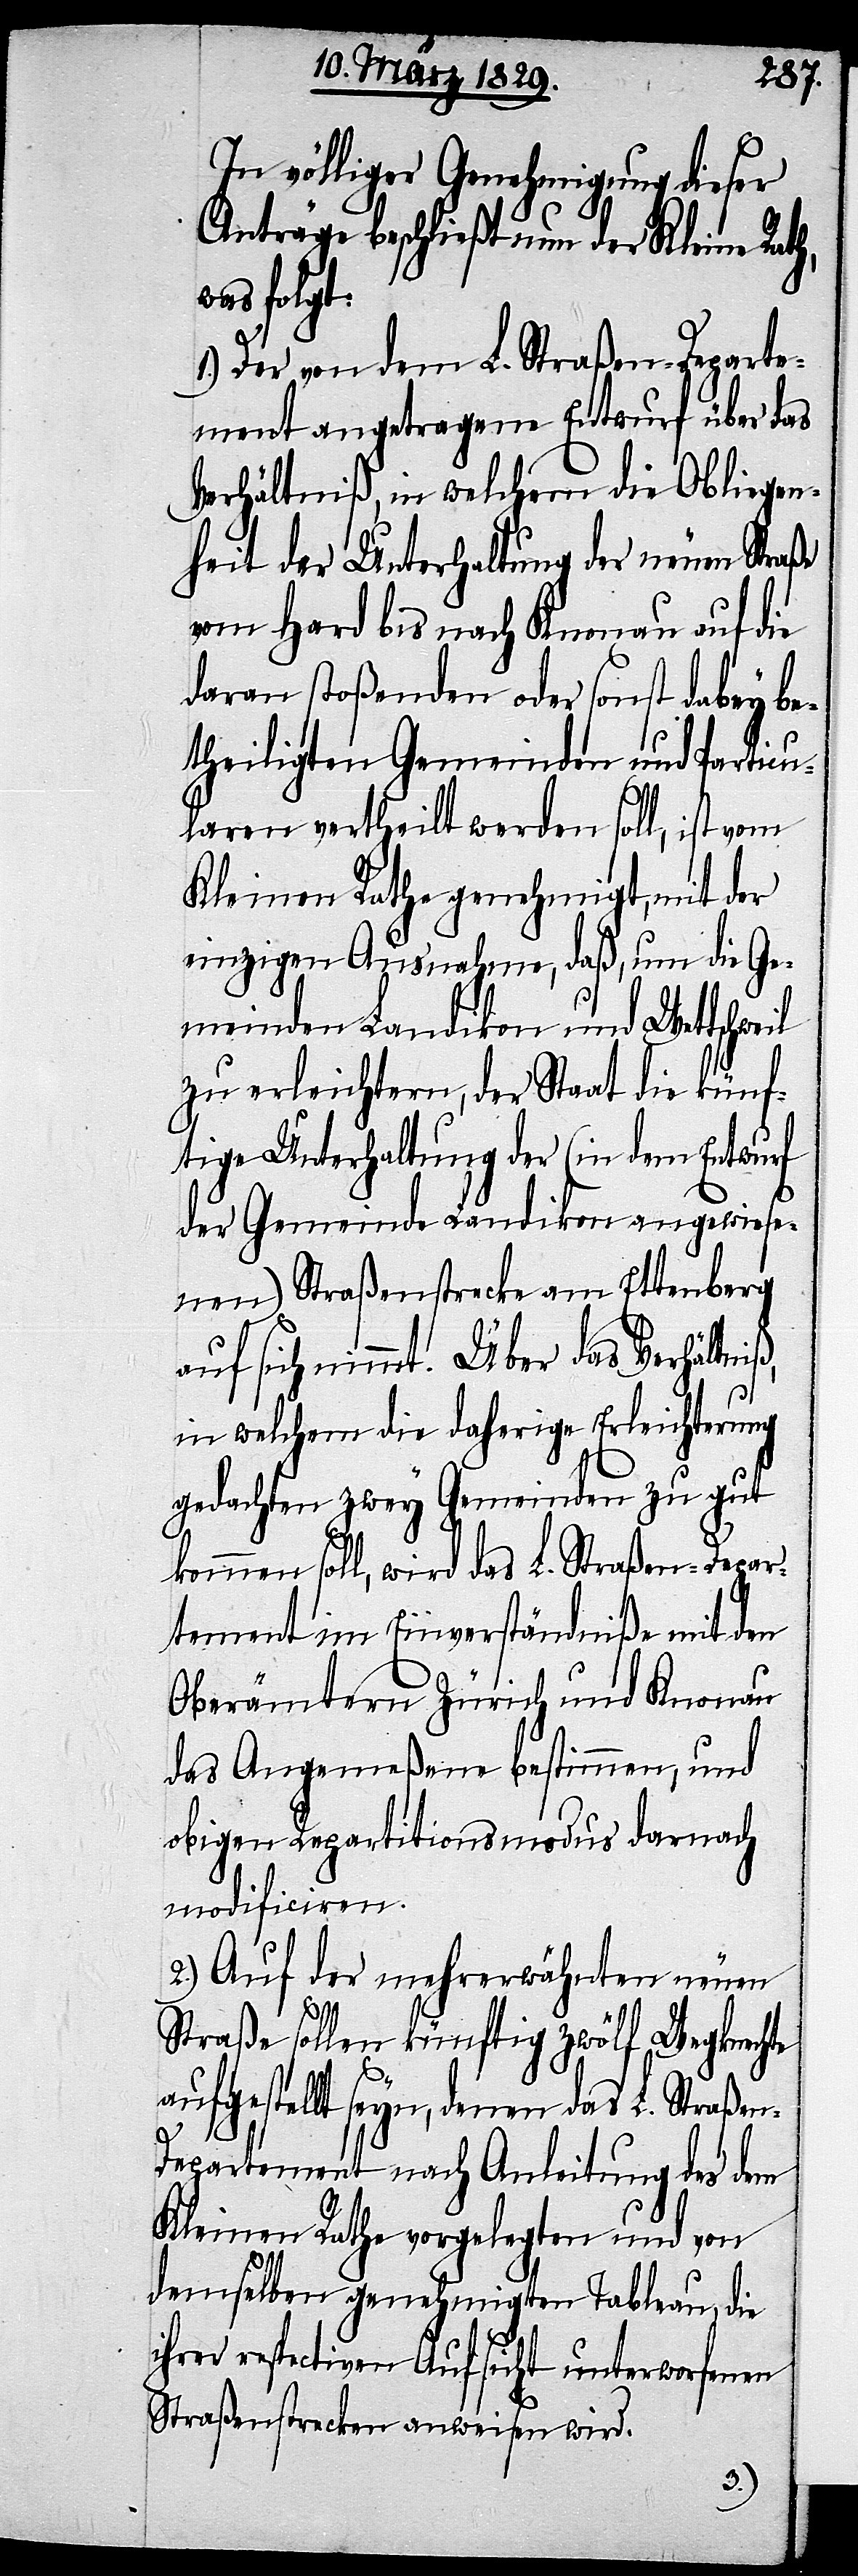
In völliger Genehmigung dieser
Anträge beschließt nun der Kleine Rath,
was folgt:
1.) Der von dem L. Straßen-Departe¬
ment angetragene Entwurf über das
Verhältniß, in welchem die Obliegen¬
heit der Unterhaltung der neuen Straße
vom Hard bis nach Knonau auf die
daran stoßenden oder sonst dabey be¬
theiligten Gemeinden und Particu¬
laren vertheilt werden soll, ist vom
Kleinen Rathe genehmigt, mit der
einzigen Ausnahme, daß, um die Ge¬
meinden Landikon und Wettschweil
zu erleichtern, der Staat die künf¬
tige Unterhaltung der (in dem Entwurf
der Gemeinde Landikon angewiese¬
nen) Straßenstrecke am Ettenberg
auf sich nimmt. Über das Verhältniß
in welchem die daherige Erleichterung
gedachten zwey Gemeinden zu gut
kommen soll, wird das L. Straßen-Depar¬
tement im Einverständniß mit den
Oberämtern Zürich und Knonau
das Angemeßene bestimmen, und
obigen Repartitionsmodus darnach
modificiren.
2.) Auf der mehrerwähnten neuen
Straße sollen künftig zwölf Wegknechte
aufgestellt seyn, denen das L. Straße¬
n-Departement nach Anleitung des dem
Kleinen Rathe vorgelegten und von
demselben genehmigten Tableau, die
ihrer respectiven Aufsicht unterworfenen
Straßenstrecken anweisen wird.